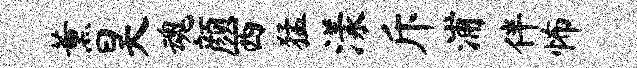
薰昊魂颜西猛漾斥浦伴怖